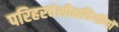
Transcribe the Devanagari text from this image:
परिहरवंशीक्षत्रियॉणॉ